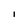
Character: I